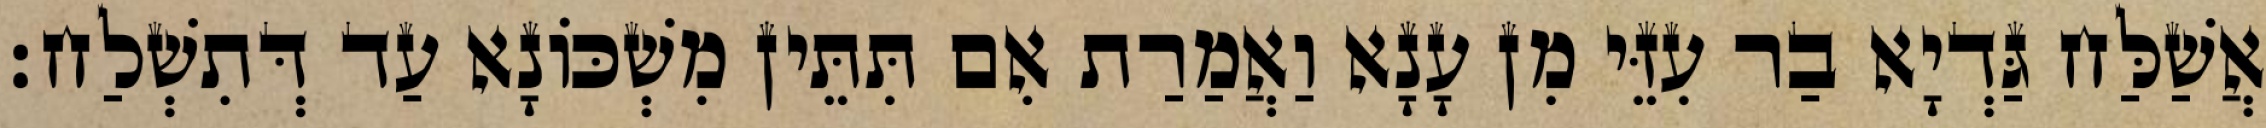
אֲשַׁלַּח גַּדְיָא בַר עִזֵּי מִן עָנָא וַאֲמַרַת אִם תִּתֵּין מִשְׁכּוֹנָא עַד דְּתִשְׁלַח׃